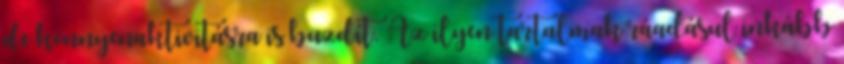
de könnyenaktivitásra is buzdít. Az ilyen tartalmak ráadásul inkább